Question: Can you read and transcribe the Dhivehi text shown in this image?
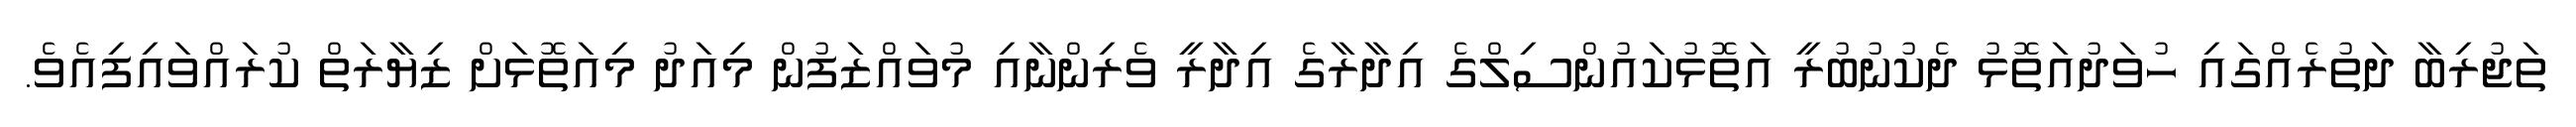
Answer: ތަޖުރިބާ ދަތުރެއްގައި ހުވަދުއަތޮޅު ދެކުނުބުރީ އަތޮޅުކައުންސިލްގެ އިދާރާގެ އިދާރީ ވެރިންނާއި މުވައްޒަފުން މިއަދު މިއަތޮޅަށް ޒިޔާރަތް ކުރައްވައިފިއެވެ.